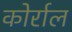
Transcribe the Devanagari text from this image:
कोर्राल